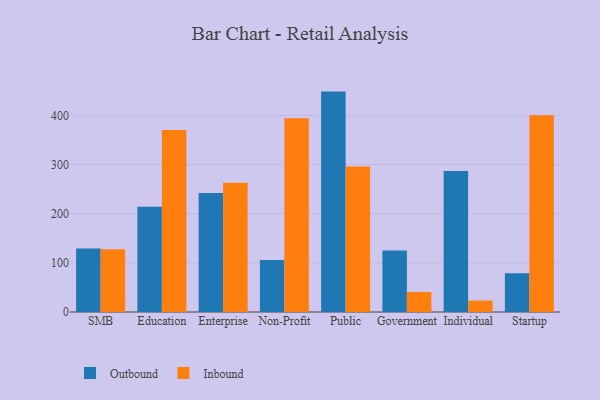
{"axis": {"x": "Segment", "y": "Shipments"}, "legend": ["Inbound", "Outbound"], "data": [{"x": "SMB", "y": 129.0, "type": "Outbound"}, {"x": "SMB", "y": 127.7, "type": "Inbound"}, {"x": "Education", "y": 214.2, "type": "Outbound"}, {"x": "Education", "y": 370.6, "type": "Inbound"}, {"x": "Enterprise", "y": 242.1, "type": "Outbound"}, {"x": "Enterprise", "y": 263.2, "type": "Inbound"}, {"x": "Non-Profit", "y": 105.8, "type": "Outbound"}, {"x": "Non-Profit", "y": 394.4, "type": "Inbound"}, {"x": "Public", "y": 448.5, "type": "Outbound"}, {"x": "Public", "y": 295.9, "type": "Inbound"}, {"x": "Government", "y": 125.4, "type": "Outbound"}, {"x": "Government", "y": 40.7, "type": "Inbound"}, {"x": "Individual", "y": 286.9, "type": "Outbound"}, {"x": "Individual", "y": 23.2, "type": "Inbound"}, {"x": "Startup", "y": 78.6, "type": "Outbound"}, {"x": "Startup", "y": 400.2, "type": "Inbound"}]}